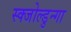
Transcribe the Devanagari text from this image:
स्क्जोल्डुन्गा